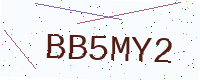
Text: BB5MY2